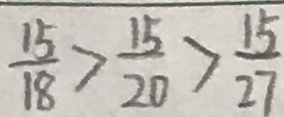
\frac { 1 5 } { 1 8 } > \frac { 1 5 } { 2 0 } > \frac { 1 5 } { 2 7 }